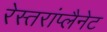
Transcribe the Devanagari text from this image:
रेस्तरांप्लैनेट